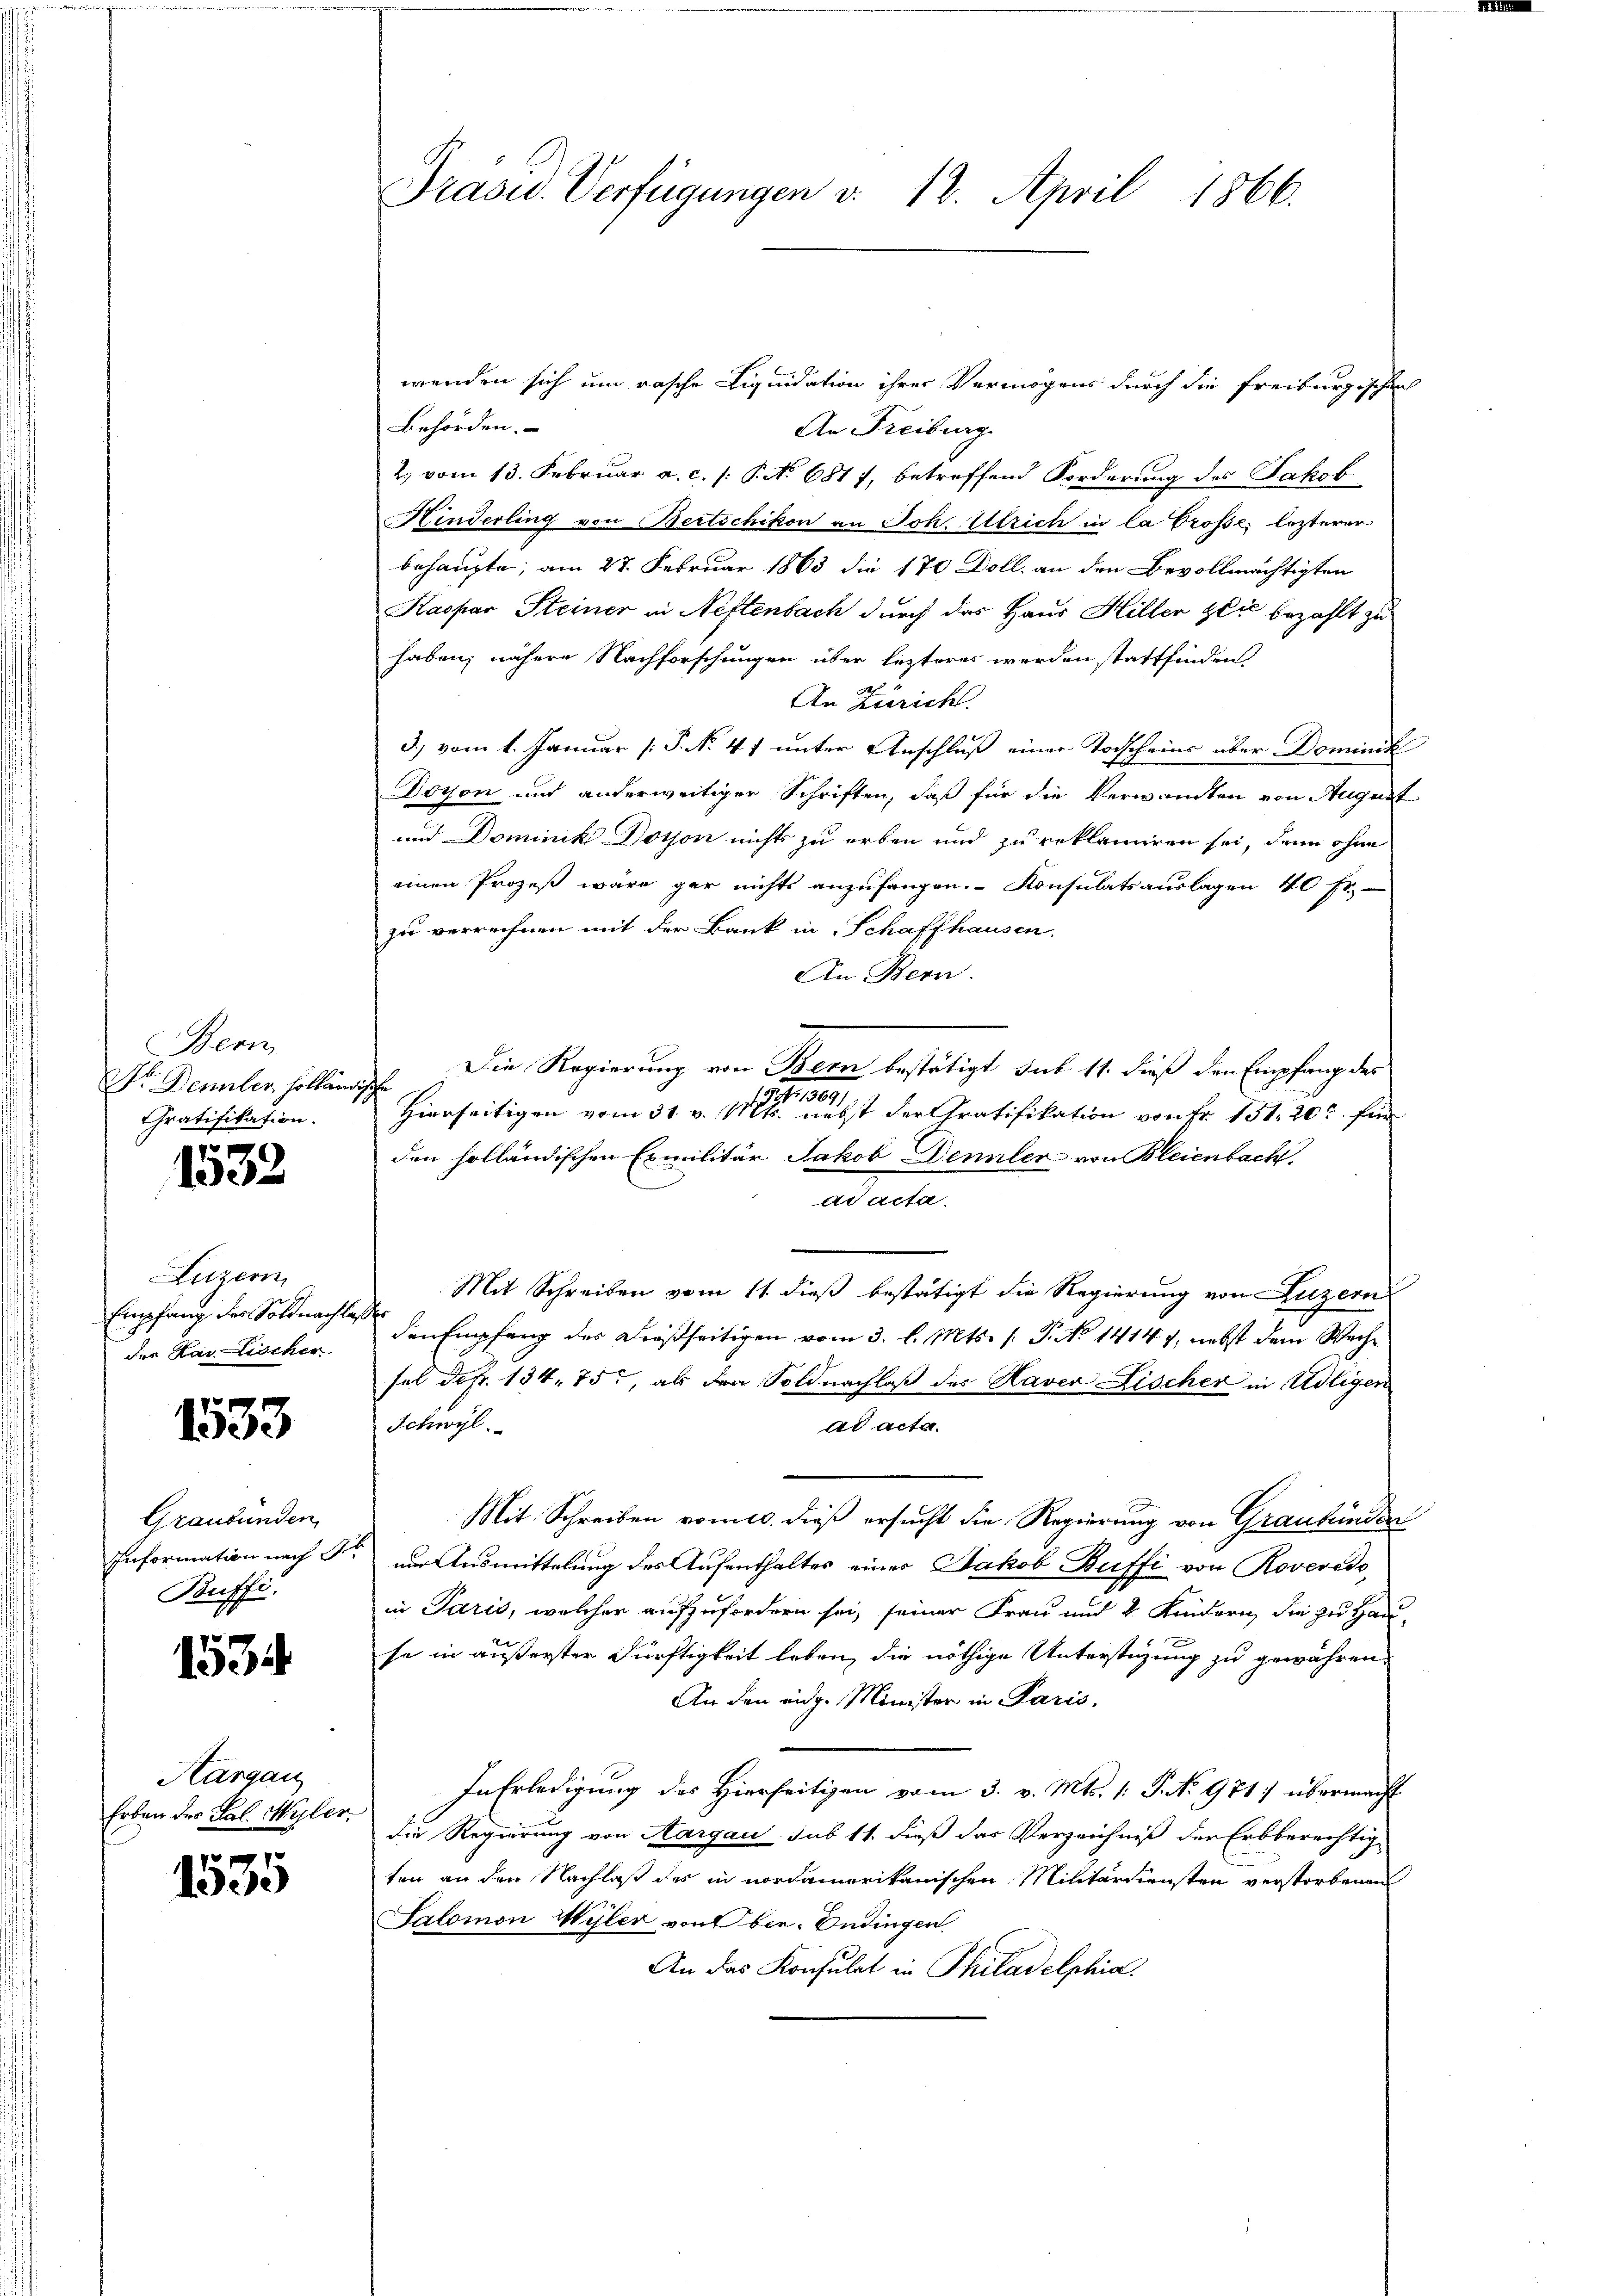
Bern
Dr. Dennler, holländ
Chratifikation.
7

130

Luzern
Empfang des Soldnachlaß
des Karischer

1533

Graubünden
Information nach S
Buffi

153

Aargau
Erben des Sal. Wyler-
pe

1335

Prasid. Verfügungen v. 18. April 1866.

wenden sich um rasche Liquidation ihrer Vermögens durch die Freiburgischen
Behörden.
An Freiburg
2. vom 13. Februar a. c. /: P. No. 681 7, betreffend Forderung des Jakob
Hinderling von Bertschikon an Joh. Ulrich in la Grosse, lezterer
behaupte, am 28. Februar 1863 die 170 Doll an den Bevollmächtigten
Kaspar Steiner in Neftenbach durch das Haus Hiller zeit bezahlt zu
haben; nähere Nachforschungen über lezteres werden stattfinden
An Zürich.
3.) vom 1. Januar [P. No 47 unter Anschluß einer Vorscheins über Dominik
Doyon und anderweitiger Schriften, daß für die Verwandten von August
und Dominik Dosson nichts zu erben und zu reklamiren sei, denn ohne
einen Prozeß wäre gar nichts anzufangen. Konsulatsauslagen 40 fr.
zu verrechnen mit der Bank in Schaffhausen.
An Bern.
Die Regierung von Bern bestätigt sub 11. dieß den Empfang des
ischen
 1804.
Hierseitigen vom 31. v. Mts. nebst der Gratifikation von Fr. 151, 20 für
den holländischen Exmilitär Jakob Dennler von Bleienbach,
ad acta.
Mit Schreiben vom 11. dieß bestätigt die Regierung von Luzern
k
den Empfang des dießseitigen vom 3. l. Mts. (T. No 14147, nebst dem Wache
sel defr. 134. 75, als dra Soldnachlaß des Haver Lischer in Adligen
ad acta.
Schwyl
Mit Schreiben vom 10. dieß ersucht die Regierung von Graubünden
um Ausmittelung des Aufenthaltes einer Jakob Büffi von Roverede
in Paris, welcher aufzufordern sei, seiner Frau und 2 Kindern, die zu Hau-
se in äußerster Dürftigkeit leben, die nöthige Unterstüzung zu gewähren.
An den eidg. Minister in Paris,
In Erledigung des Hierseitigen vom 3. v. Mts. 1: No 971 übermacht
die Regierung von Aargau sub 11. dieß das Verzeichniß der Erbberechtig
ten an den Nachlaß des in nordamerikanischen Militärdiensten verstorbenen
Salomon Wyler von Ober-Endingen
An das Konsulat in Philadelphia